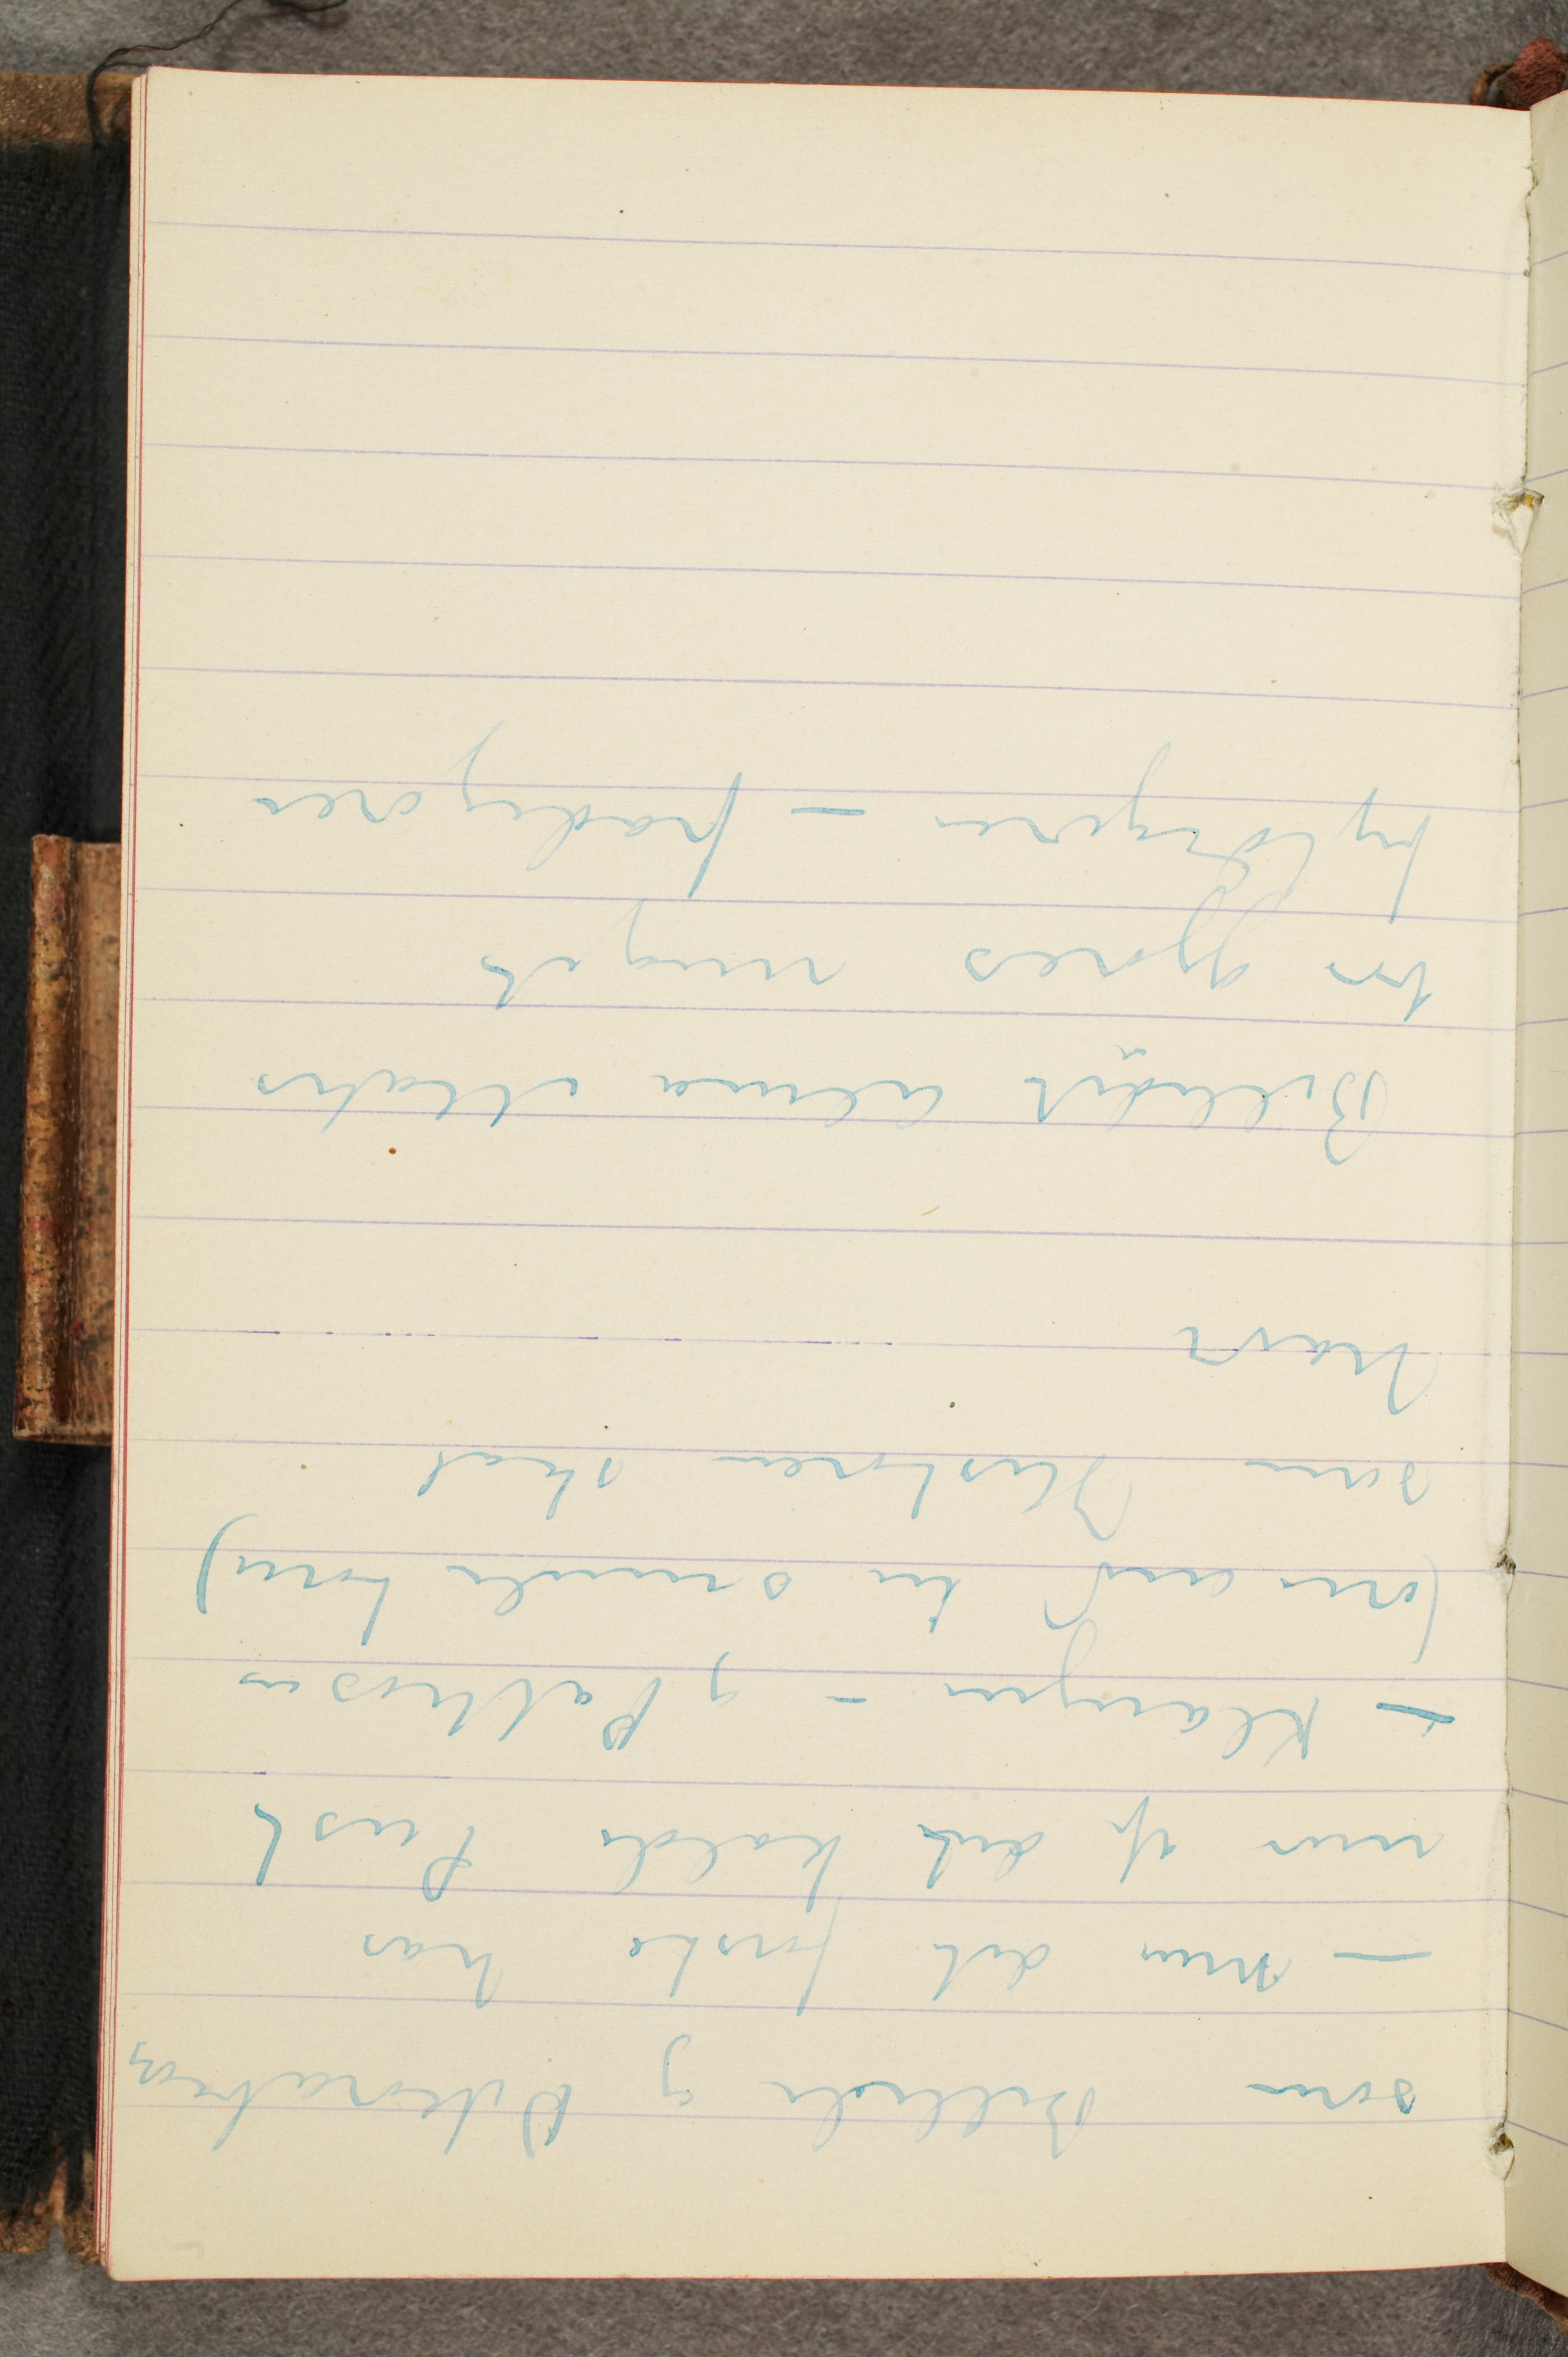
som Billede og Dekoration
– men det første har
mer af det kalde Pust
– Klangen – og Pathosen
(om end en smule tom)
som Historien skal
have
Billedet Alma Mater
bør gjøres meget
fyldigere – frodigere